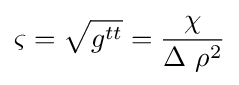
\varsigma ={\sqrt {g^{tt}}}={\frac {\chi }{\Delta \ \rho ^{2}}}